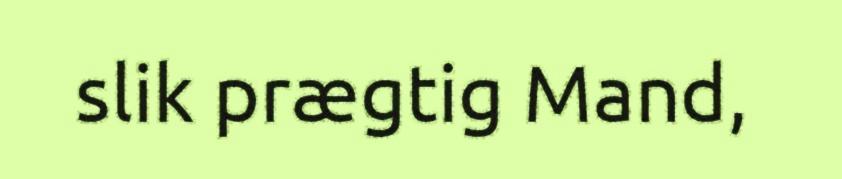
slik prægtig Mand,